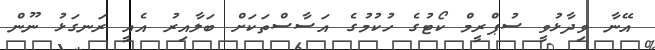
އޭނާ ވިދާޅުވީ ސުޕްރީމް ކޯޓުގެ ހުކުމުގެ އަސާސްތަކަށް ބަލާއިރު އެއީ ރަނގަޅު ނޫން